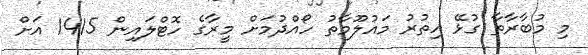
މި މުބާރާތާ ގުޅޭ އިތުރު މައުލޫމާތު ހޯއްދުމަށް މީރާގެ ހޮޓްލައިން 1415 އަށް